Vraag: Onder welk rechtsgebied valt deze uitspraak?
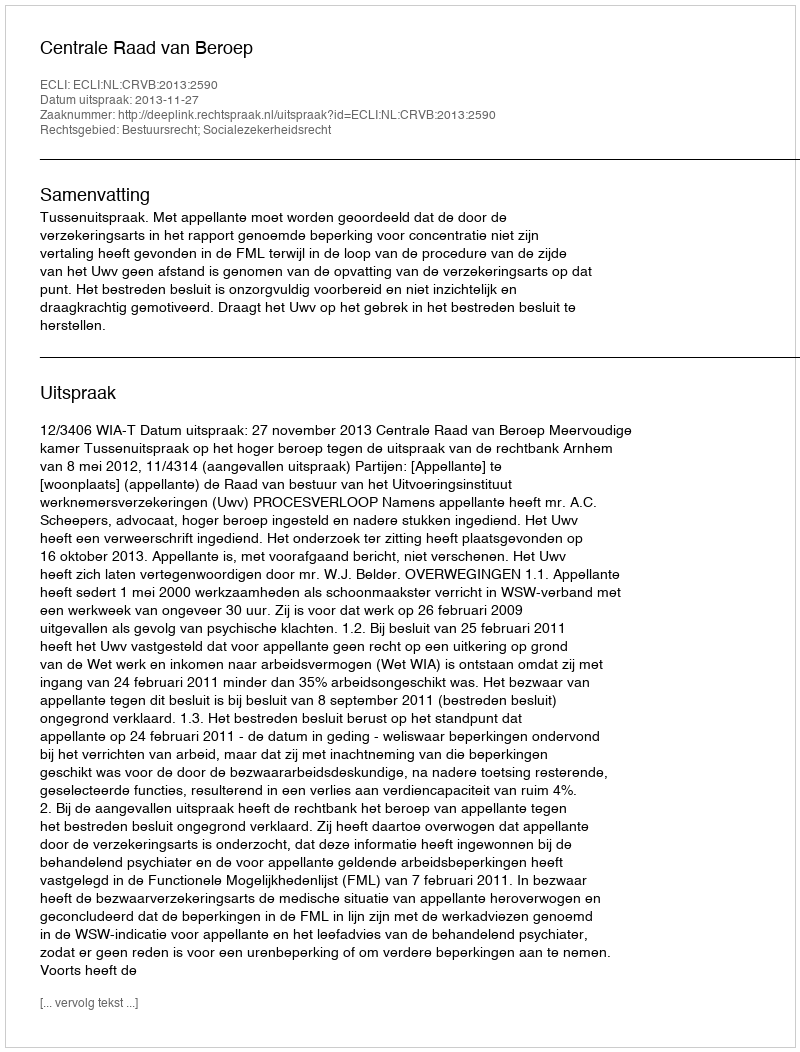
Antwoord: Bestuursrecht; Socialezekerheidsrecht